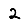
Digit: 2